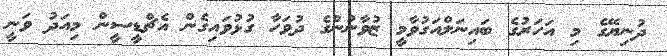
ދުނިޔޭގެ މި އަހަރުގެ ބައިނަލްއަގުވާމީ ޒުވާނުންގެ ދުވަހާ ގުޅުވައިގެން އެޗްޑީސީން މިއަދު ވަނީ